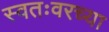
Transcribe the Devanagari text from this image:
स्वतःवरच्या